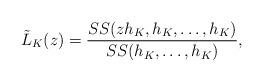
LaTeX: \begin{align*}\tilde{L}_K(z) = \frac{\SS(z h_K, h_K, \ldots,h_K)}{\SS(h_K,\ldots,h_K)} ,\end{align*}